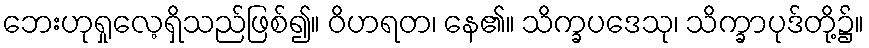
ဘေးဟုရှုလေ့ရှိသည်ဖြစ်၍။ ဝိဟရတ၊ နေ၏။ သိက္ခပဒေသု၊ သိက္ခာပုဒ်တို့၌။